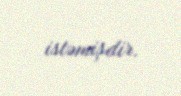
istəmişdir.